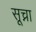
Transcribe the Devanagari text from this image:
सूच्ना